Investigations on Bengal jail dietaries - Number 37
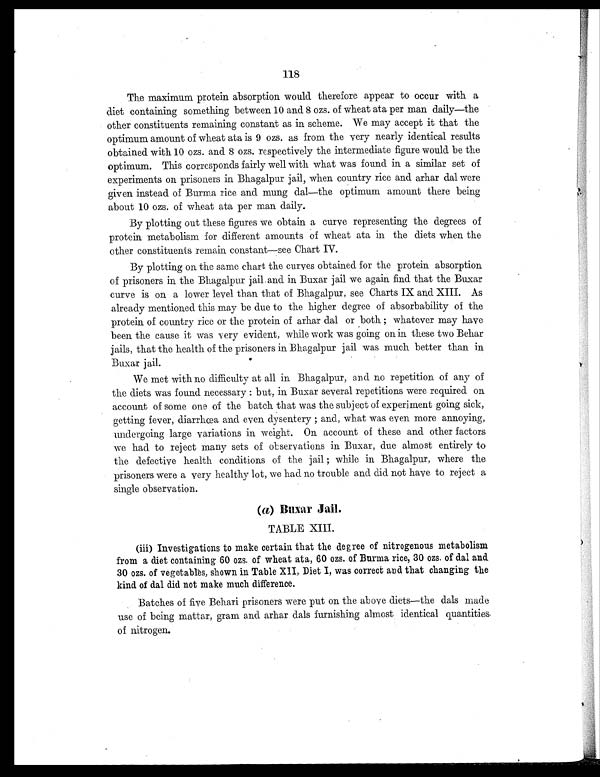
118
The maximum protein absorption would therefore appear to occur with a
diet containing something between 10 and 8 ozs. of wheat ata per man daily—the
other constituents remaining constant as in scheme. We may accept it that the
optimum amount of wheat ata is 9 ozs. as from the very nearly identical results
obtained with 10 ozs. and 8 ozs. respectively the intermediate figure would be the
optimum. This corresponds fairly well with what was found in a similar set of
experiments on prisoners in Bhagalpur jail, when country rice and arhar dal were
given instead of Burma rice and mung dal—the optimum amount there being
about 10 ozs. of wheat ata per man daily.
By plotting out these figures we obtain a curve representing the degrees of
protein metabolism for different amounts of wheat ata in the diets when the
other constituents remain constant—see Chart IV.
By plotting on the same chart the curves obtained for the protein absorption
of prisoners in the Bhagalpur jail and in Buxar jail we again find that the Buxar
curve is on a lower level than that of Bhagalpur, see Charts IX and XIII. As
already mentioned this may be due to the higher degree of absorbability of the
protein of country rice or the protein of arhar dal or both ; whatever may have
been the cause it was very evident, while work was going on in these two Behar
jails, that the health of the prisoners in Bhagalpur jail was much better than in
Buxar jail.
We met with no difficulty at all in Bhagalpur, and no repetition of any of
the diets was found necessary : but, in Buxar several repetitions were required on
account of some one of the batch that was the subject of experiment going sick,
getting fever, diarrhœa and even dysentery ; and, what was even more annoying,
undergoing large variations in weight. On account of these and other factors
we had to reject many sets of observations in Buxar, due almost entirely to
the defective health conditions of the jail ; while in Bhagalpur, where the
prisoners were a very healthy lot, we had no trouble and did not have to reject a
single observation.
(a) Buxar Jail.
TABLE XIII.
(iii) Investigations to make certain that the degree of nitrogenous metabolism
from a diet containing 60 ozs. of wheat ata, 60 ozs. of Burma rice, 30 ozs. of dal and
30 ozs. of vegetables, shown in Table XII, Diet I, was correct and that changing the
kind of dal did not make much difference.
Batches of five Behari prisoners were put on the above diets—the dals made
use of being mattar, gram and arhar dals furnishing almost identical quantities.
of nitrogen.